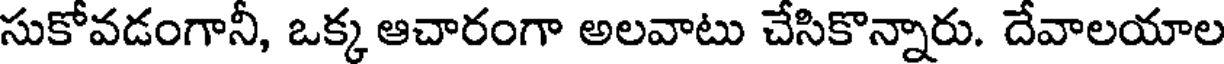
సుకోవడంగానీ, ఒక్క ఆచారంగా అలవాటు చేసికొన్నారు. దేవాలయాల